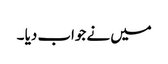
میں نے جواب دیا ۔